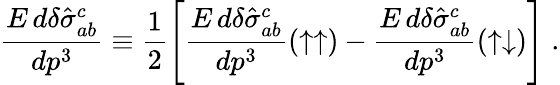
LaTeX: \frac{E\, d\delta\hat{\sigma}_{ab}^{c}}{dp^{3}}\equiv\frac{1}{2}\Bigg[\frac{E\, d\delta\hat{\sigma}_{ab}^{c}}{dp^{3}}(\uparrow\uparrow)-\frac{E\, d\delta\hat{\sigma}_{ab}^{c}}{dp^{3}}(\uparrow\downarrow)\Bigg]\; .